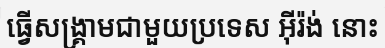
ធ្វើសង្គ្រាមជាមួយប្រទេស អ៊ីរ៉ង់ នោះ